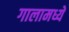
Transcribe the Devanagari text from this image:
गालामध्ये